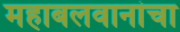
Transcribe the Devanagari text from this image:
महाबलवानांचा